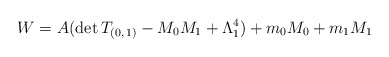
\begin{align*}W=A(\mathrm{det}\,T_{(0,\,1)}-M_{0}M_{1}+\Lambda _{1}^{4})+m_{0}M_{0}+m_{1}M_{1}\end{align*}